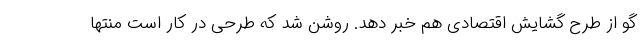
گو از طرح گشایش اقتصادی هم خبر دهد. روشن شد که طرحی در کار است منتها